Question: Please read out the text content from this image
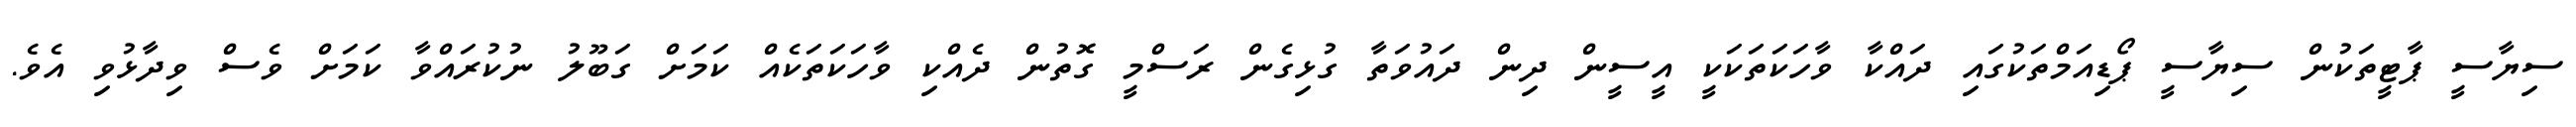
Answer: ސިޔާސީ ޕާޓީތަކުން ސިޔާސީ ޕޯޑިއަމްތަކުގައި ދައްކާ ވާހަކަތަކަކީ އީސީން ދިން ދައުވަތާ ގުޅިގެން ރަސްމީ ގޮތުން ދެއްކި ވާހަކަތަކެއް ކަމަށް ގަބޫލު ނުކުރައްވާ ކަމަށް ވެސް ވިދާޅުވި އެވެ.